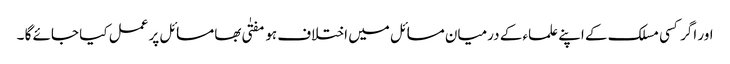
اور اگر کسی مسلک کے اپنے علماء کے درمیان مسائل میں اختلاف ہو مفتٰی بھا مسائل پر عمل کیا جائے گا ۔